Dysentery in Hazaribagh Central Jail - Number 52
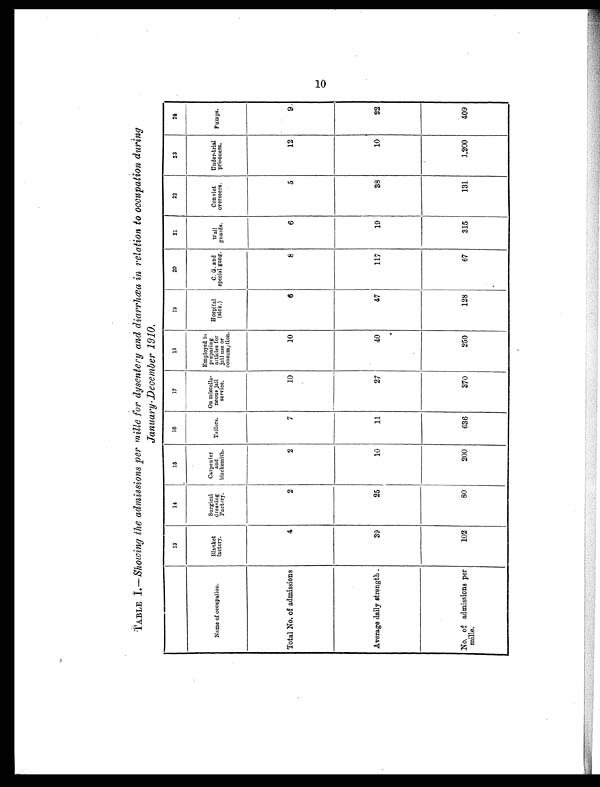
TABLE I.— Showing the admissions per mille for dysentery and diarrhæa in relation to occupation during
January-December 1910.
13
14
1 5
16
17
18
19
20
21
22
23
24
Name of occupation.
Blanket
factory.
Surgical
dressing Factory.
Carpenter and
blacksmith. Tailors. On miscella-
neous jail
service.
Employed in
preparing articles for
jail use or
consumption.
Hospital (sick.)
C. G. and
special gang. Wall
guards.
Convict
overseers. Under-trial prisoners. Pumps.
Total No. of admissions
4
2
2
7
10
10
6
8
6
5
12
9
Average daily strength.
39
25
10
11
27
40
47
117
19
38
10
22
No. of admissions per
mile.
102
80
200
636
370
250
128
67
315
131
1,200
409
10